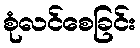
စုံလင်စေခြင်း